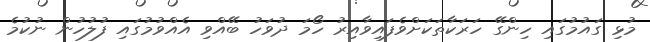
މުޅި ގައުމުގައި ހިންގޭ ހަރަކާތަކަށްވެފައިވާއިރު ހޯމަ ދުވަހު ބޭއްވި އެއްވުމުގައި ފުލުހުން ނުކުމެ